Indian journal of veterinary science and animal husbandry - Volumes 18-21, 1948-1951
Year: 1948
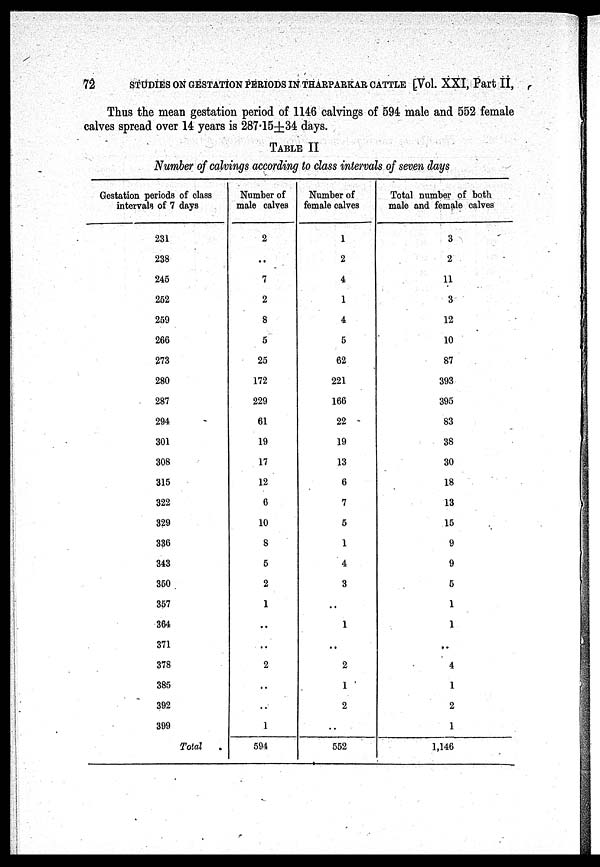
72
STUDIES ON GESTATION PERIODS IN THARPARKAR CATTLE [Vol. XXI, Part II,
Thus the mean gestation period of 1146 calvings of 594 male and 552 female
calves spread over 14 years is 287.15±34 days.
TABLE II
Number of calvings according to class intervals of seven days
Gestation periods of class
intervals of 7 days
231
238
245
252
259
266
273
280
287
294
301
308
315
322
329
336
343
350
357
364
371
378
385
392
399
Total
Number of
male calves
2
..
7
2
8
5
25
172
229
61
19
17
12
6
10
8
5
2
1
..
..
2
..
..
1
594
Number of
female calves
1
2
4
1
4
5
62
221
166
22
19
13
6
7
5
1
4
3
..
1
..
2
1
2
..
552
Total number of both
male and female calves
3
2
11
3
12
10
87
393
395
83
38
30
18
13
15
9
9
5
1
1
..
4
1
2
1
1,146